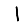
Digit: 1